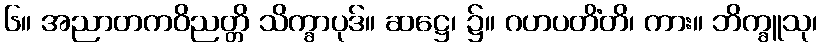
၆။ အညာတကဝိညတ္တိ သိက္ခာပုဒ်။ ဆဋ္ဌေ၊ ၌။ ဂဟပတိံတိ၊ ကား။ ဘိက္ခူသု၊